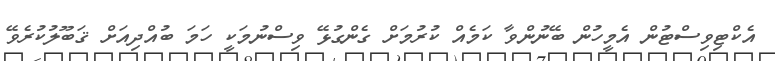
އެކްޓިވިސްޓުން އެމީހުން ބޭނުންވާ ކަމެއް ކުރުމަށް ގެންގުޅޭ ވިސްނުމަކީ ހަމަ ބުއްދިއަށް ޤަބޫލުކުރެވޭ